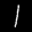
Label: 1